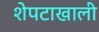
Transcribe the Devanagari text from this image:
शेपटाखाली